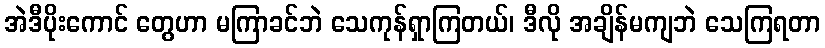
အဲဒီပိုးကောင် တွေဟာ မကြာခင်ဘဲ သေကုန်ရှာကြတယ်၊ ဒီလို အချိန်မကျဘဲ သေကြရတာ